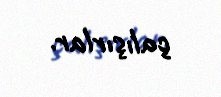
çalışırlar.